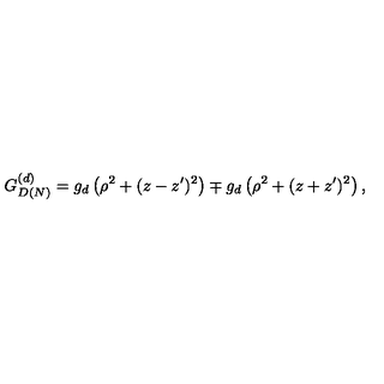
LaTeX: G _ { D ( N ) } ^ { ( d ) } = g _ { d } \left( \rho ^ { 2 } + ( z - z ^ { \prime } ) ^ { 2 } \right) \mp g _ { d } \left( \rho ^ { 2 } + ( z + z ^ { \prime } ) ^ { 2 } \right) ,